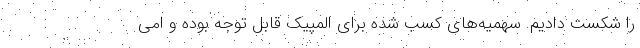
را شکست دادیم. سهمیه‌های کسب شده برای المپیک قابل توجه بوده و امی